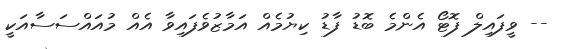
-- ވީފައިލް ފޮޓޯ އެންމެ ބޮޑު ފާޑު ކިޔުމެއް އަމާޒުވެފައިވާ އެއް މުއައްސަސާއަކީ